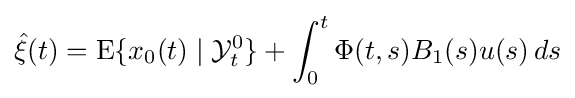
{\hat {\xi }}(t)=\operatorname {E} \{x_{0}(t)\mid {\mathcal {Y}}_{t}^{0}\}+\int _{0}^{t}\Phi (t,s)B_{1}(s)u(s)\,ds